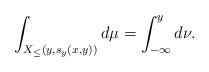
\begin{align*}\int_{X_\le (y, s_y(x,y))} d\mu = \int_{-\infty}^y d\nu.\end{align*}